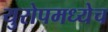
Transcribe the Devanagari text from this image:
युरोपमध्येच